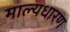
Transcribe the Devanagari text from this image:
माल्यधारण